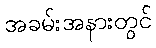
အခမ်းအနားတွင်